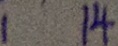
1 1 4